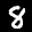
Label: 8